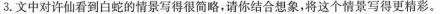
3.文中对许仙看到白蛇的情景写得很简略，请你结合想象，将这个情景写得更精彩。